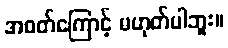
အဝတ်ကြောင့် မဟုတ်ပါဘူး။